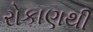
રોકાણથી